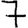
Digit: 7